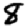
Digit: 8